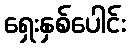
ရှေးနှစ်ပေါင်း